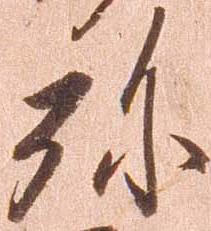
弥